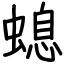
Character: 螅